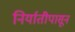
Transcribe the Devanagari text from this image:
निर्यातीपासून